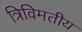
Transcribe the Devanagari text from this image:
त्रिविमतीय